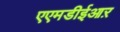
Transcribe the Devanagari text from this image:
एएमडीईआऱ